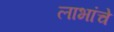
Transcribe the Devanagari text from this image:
लाभांचे